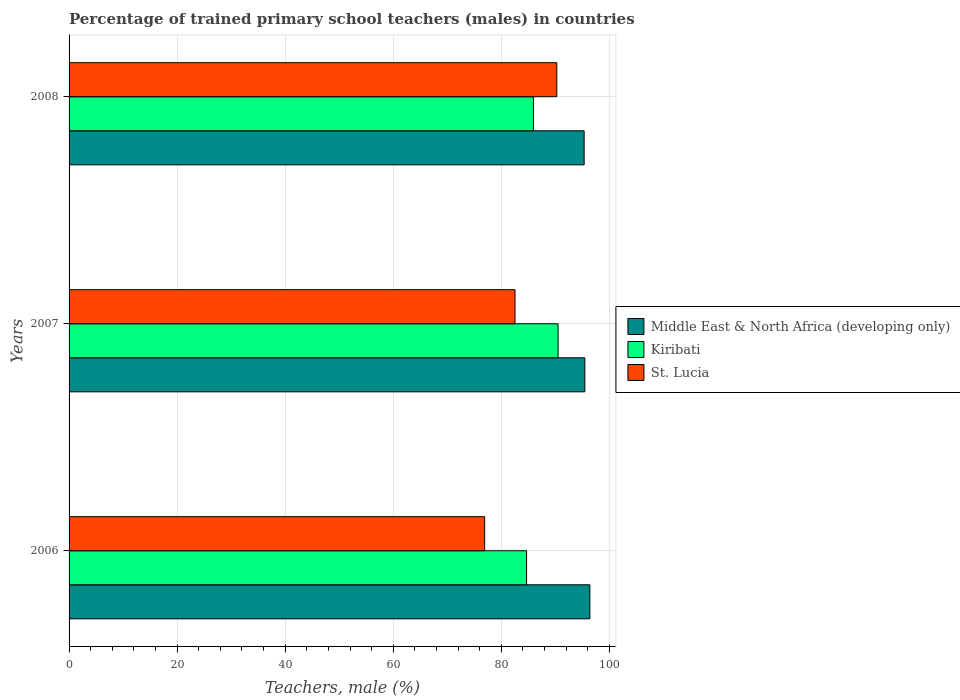
| Years | Middle East & North Africa (developing only) | Kiribati | St. Lucia |
 | --- | --- | --- | --- |
 | 2006 | 96.4 | 84.7 | 76.9 |
 | 2007 | 95.4 | 90.5 | 82.5 |
 | 2008 | 95.3 | 85.9 | 90.3 |